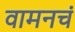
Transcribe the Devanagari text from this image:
वामनचं